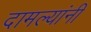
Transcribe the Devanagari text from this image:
दामल्यांनी